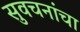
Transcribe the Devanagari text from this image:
सुवचनांचा